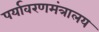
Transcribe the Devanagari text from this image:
पर्यावरणमंत्रालय